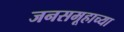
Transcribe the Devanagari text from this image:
जनसमूहाच्‍या